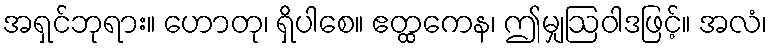
အရှင်ဘုရား။ ဟောတု၊ ရှိပါစေ။ ဧတ္ထကေန၊ ဤမျှဩဝါဒဖြင့်။ အလံ၊